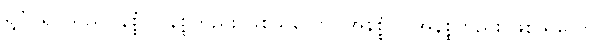
ရူပံ၊ ရူပသည်။ နိစ္စံဝါ၊ နိစ္စတည်း ဖြစ်သလော။ အနိစ္စံဝါ၊ အနိစ္စတည်း ဖြစ်သလော။